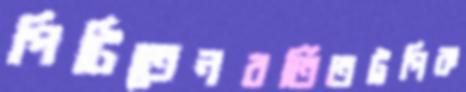
পিটিতেনবর্তিতট্রপিক